Vao_vallavalitsus, lk 5
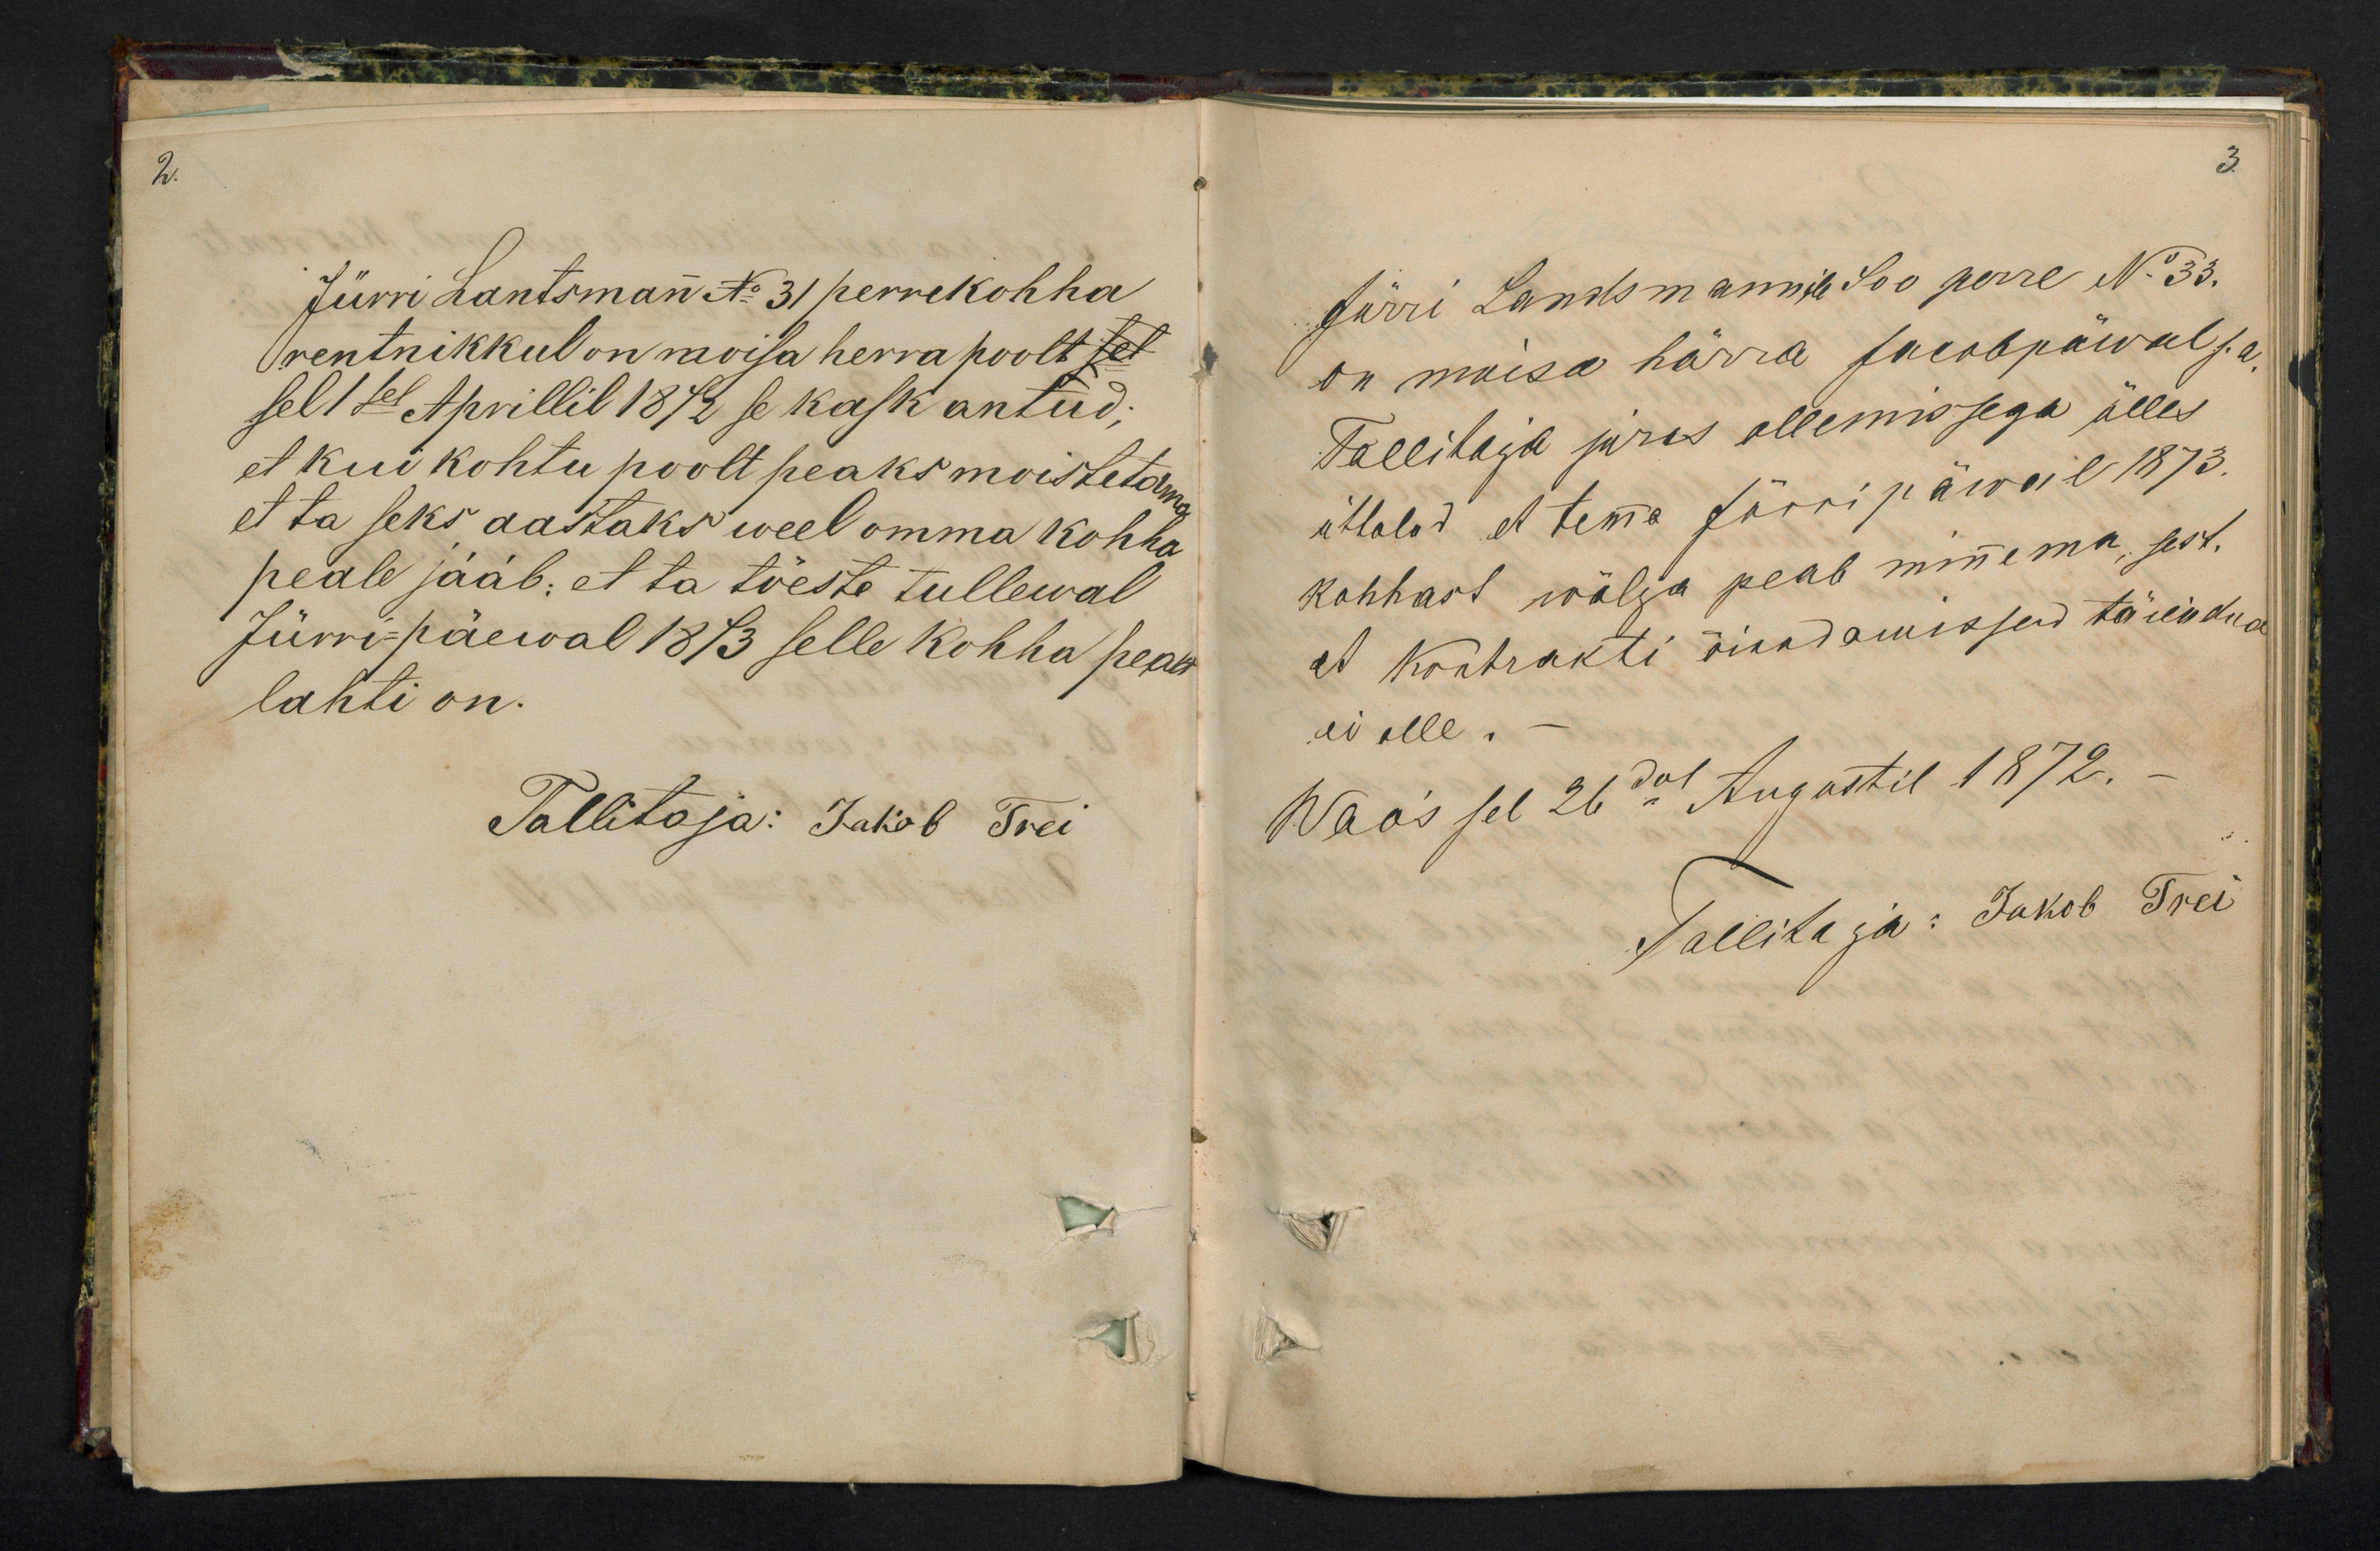
2.

3.

Jürri Lantsmann No 31 perrekohha
rentnikkul on moisa herra poolt
sel 1sel Aprillil 1872 se kask antud;
et kui kohtu poolt peaks moistetama
et ta seks aastaks weel omma kohha
peale jääb: et ta töeste tullewal
Jürri-päewal 1873 selle kohha pealt
lahti on.
Tallitaja: Jakob Trei

Jürri Landsmannik Soo perre No 33.
on mõisa härra Jacobpäwal s.a
Tallitaja jures ollemissega ülles
üttaled et tema Jürri päwal 1873.
kohhast wälja peab minnema, sest.
et kontrakti õiendamissed täiendud
ei olle.
Waos sel 26dal Augustil 1872.
Tallitaja: Jakob Trei